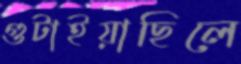
গুটাইয়াছিলে